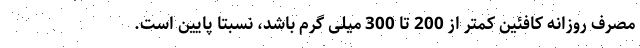
مصرف روزانه کافئین کمتر از 200 تا 300 میلی گرم باشد، نسبتا پایین است.